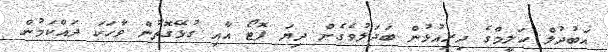
އަބުދުލް ހަލީމްގެ ދިރިއުޅުން ބަދަލުވެގެން ދިޔަ ފޮޓޯ އާއި ގުޅޭގޮތުން ވާހަކަ ދައްކަމުން